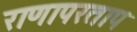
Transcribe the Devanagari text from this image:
राणापरताप